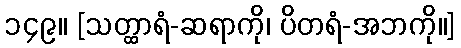
၁၄၉။ [သတ္ထာရံ-ဆရာကို၊ ပိတရံ-အဘကို။]